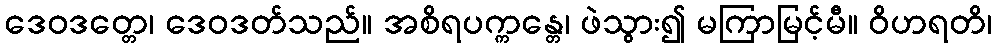
ဒေဝဒတ္တေ၊ ဒေဝဒတ်သည်။ အစိရပက္ကန္တေ၊ ဖဲသွား၍ မကြာမြင့်မီ။ ဝိဟရတိ၊